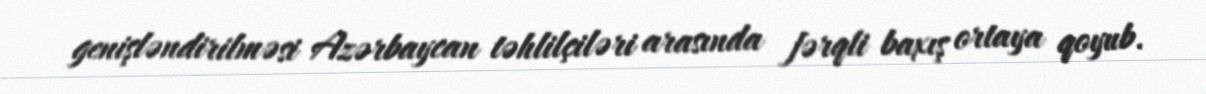
genişləndirilməsi Azərbaycan təhlilçiləri arasında fərqli baxış ortaya qoyub.